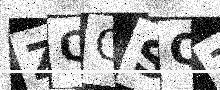
Text: ZQQSQ7